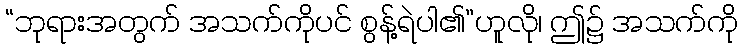
“ဘုရားအတွက် အသက်ကိုပင် စွန့်ရဲပါ၏”ဟူလို၊ ဤ၌ အသက်ကို